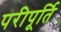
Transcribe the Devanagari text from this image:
परीपूर्ति